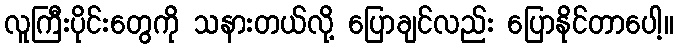
လူကြီးပိုင်းတွေကို သနားတယ်လို့ ပြောချင်လည်း ပြောနိုင်တာပေါ့။